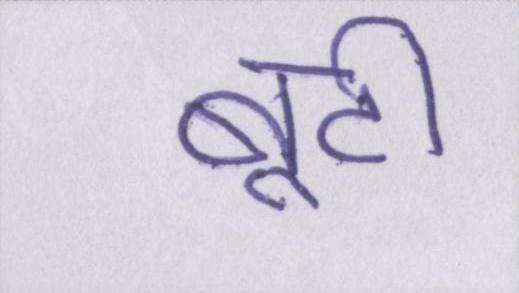
बूटी